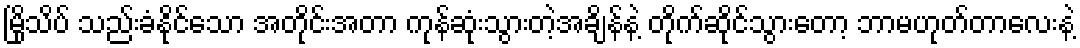
မြိုသိပ် သည်းခံနိုင်သော အတိုင်းအတာ ကုန်ဆုံးသွားတဲ့အချိန်နဲ့ တိုက်ဆိုင်သွားတော့ ဘာမဟုတ်တာလေးနဲ့